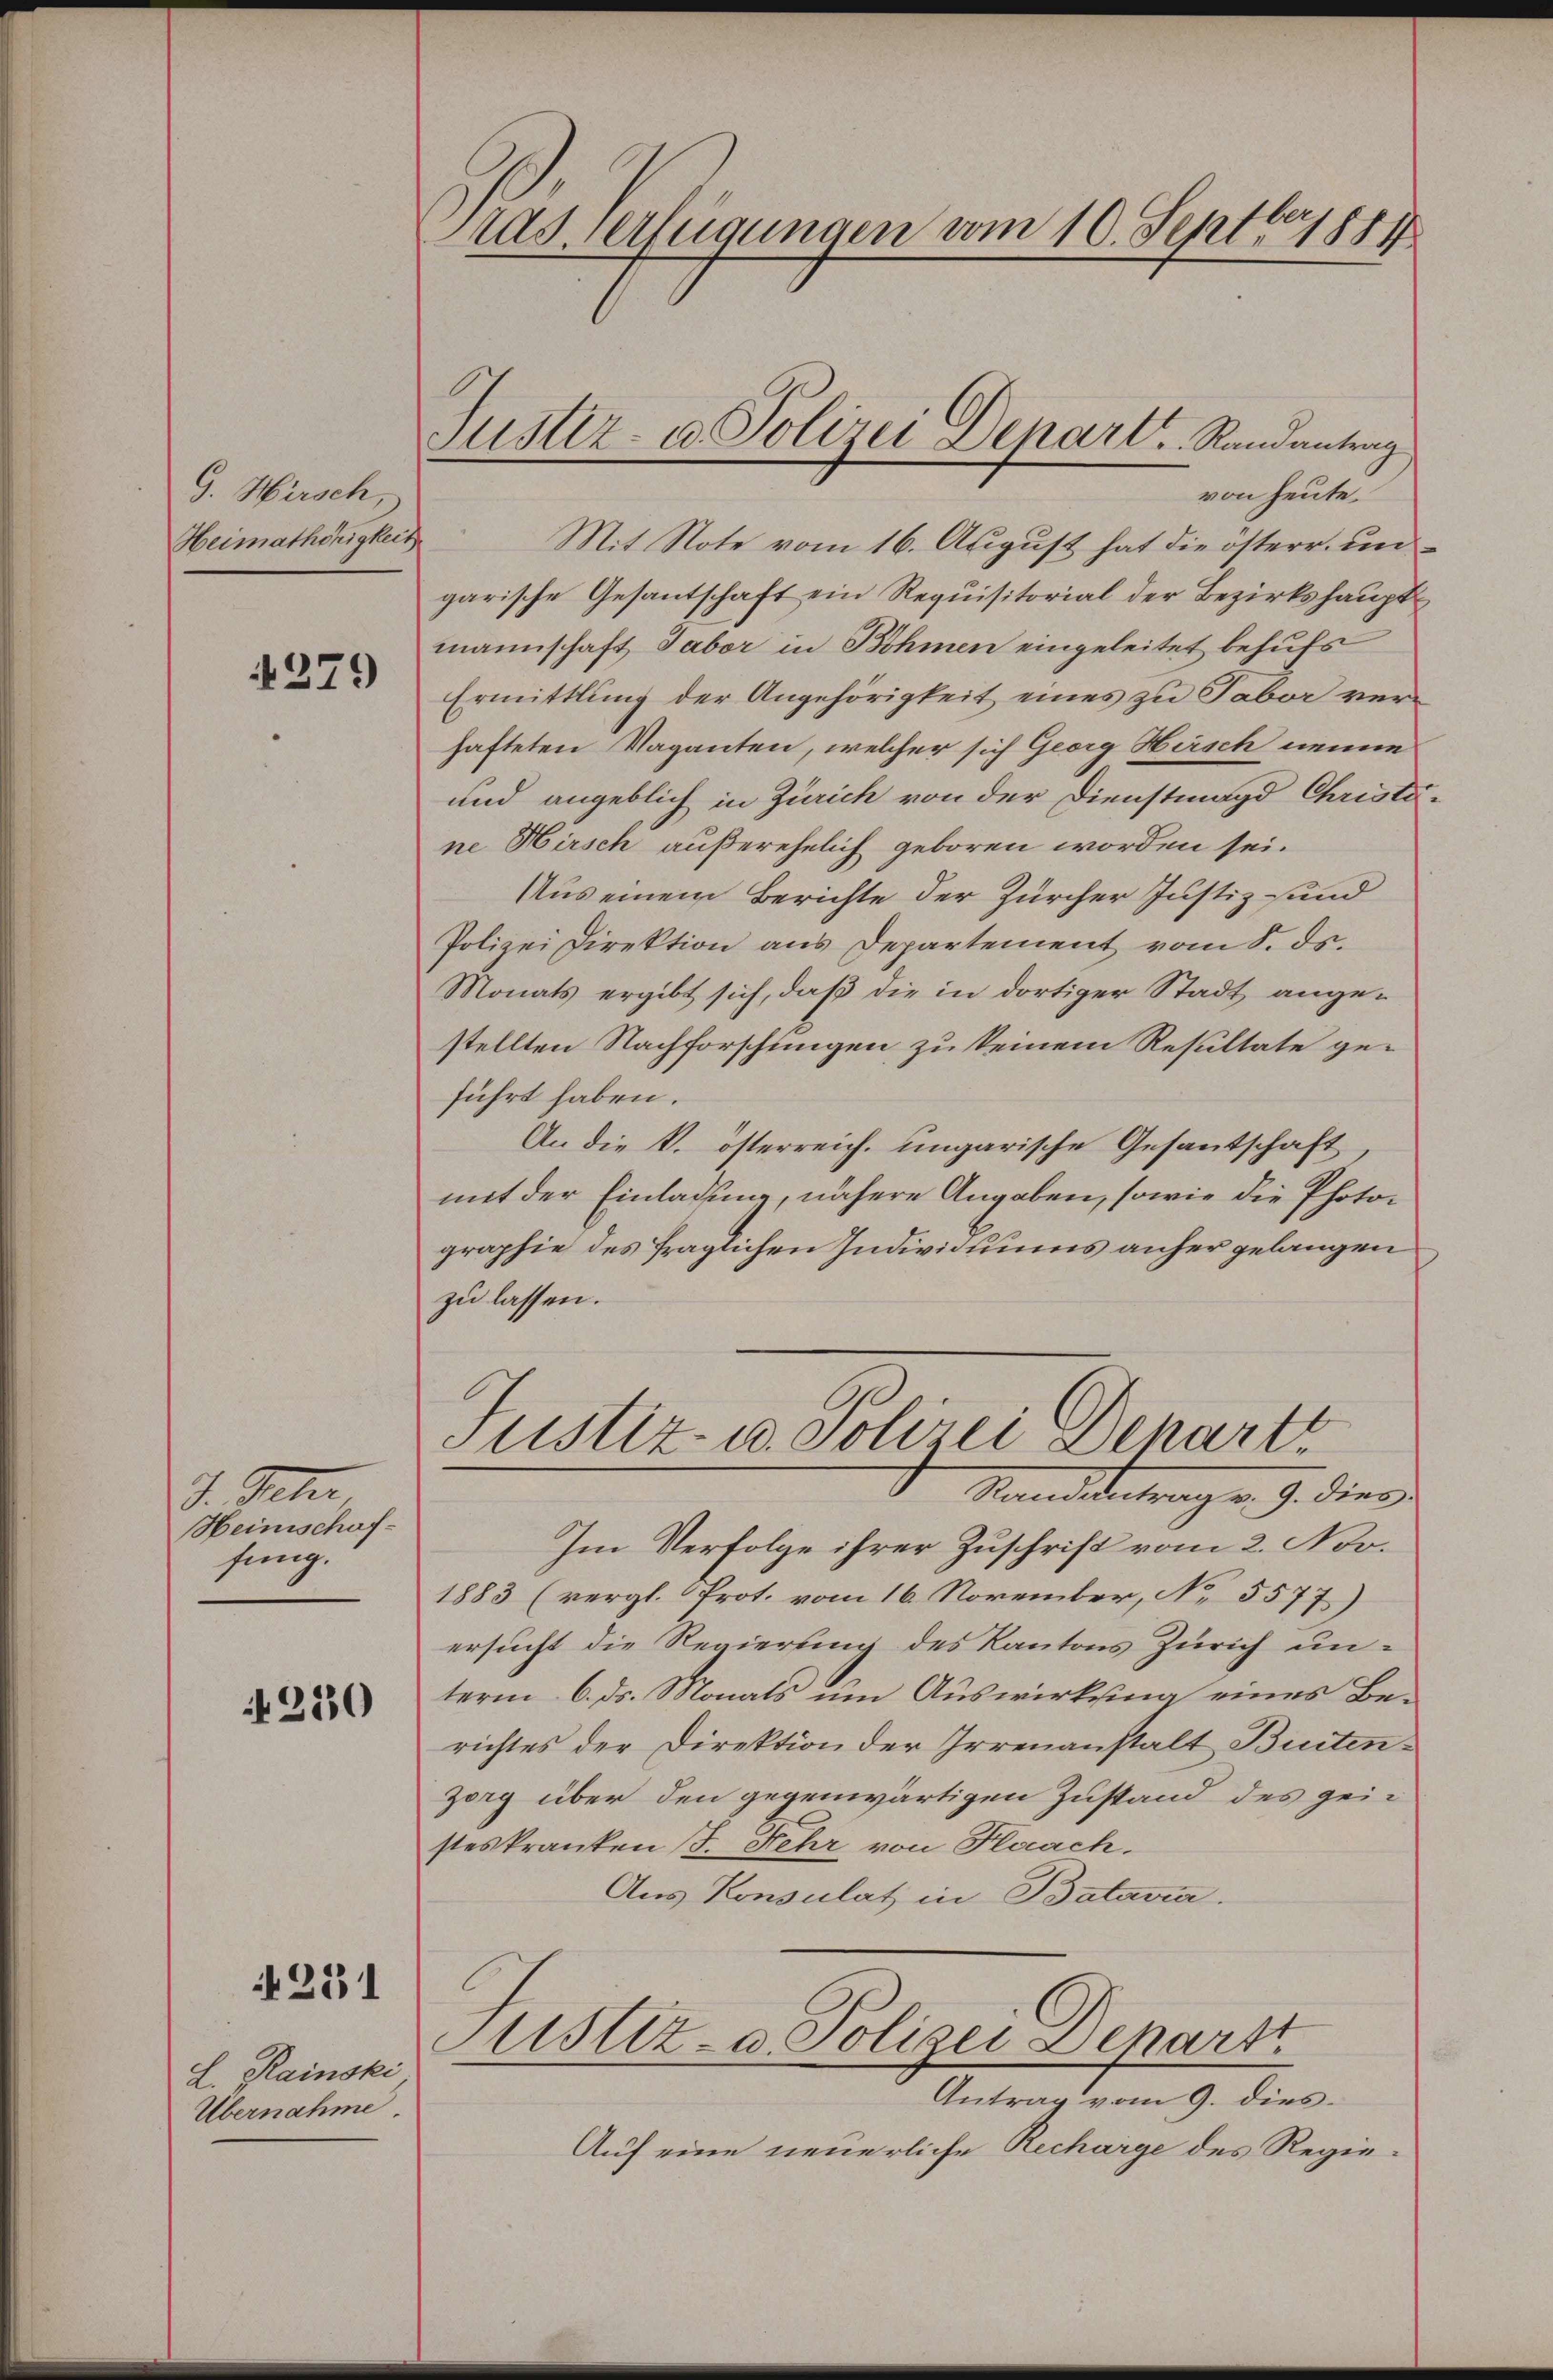
G. Hirsch,
Heimathörigkeit

4279

I. Peter
Heinschaffung.

4230

231

L. Rainski
Übernahme

Aas verfügungen vom 10. Septbr. 1881

Justiz- u. Polizei Depart. Randantrag
von heute.

Mit Note vom 16. August hat die österr. ungarische Gesantschaft ein Requisitorial der Bezirkshauptmannschaft Taber in Böhmen eingeleitet behufs
Ermittlung der Angehörigkeit eines zu Tabor verhafteten Vaganten, welcher sich Georg Hirsch nenne
und angeblich in Zürich von der Dienstmagd Christine Hirsch außerehelich geboren worden sei.
Aus einem Berichte der Zürcher Justiz und
Polizei Direktion aus Departement vom 8. ds.
Monats ergibt sich, daß die in dortiger Stadt angestellten Nachforschungen zu keinem Resultate geführt haben.
An die k. österreich. ungarische Gesantschaft
mit der Einladung, nähere Angaben, sowie die Photographie des fraglichen Individuums anher gelangen
zu lassen.
Justiz- u. Polizei Denart
Standidentrag v. 9. dies
Im Verfolge ihrer Zuschrift vom 2. No.
1883 (vergl. Prot. vom 16. November, No 5577)
ersucht die Regierung des Kantons Zürich unterm 6. ds. Monats um Auswirkung eines Berichtes der Direktion der Irrenanstalt Buitenzorg über den gegenwärtigen Zustand des geisteskranken (T. Fehr von Flaach.
Aus Konsulat in Batavia.

Antrag vom 9. dies
Auf eine neuerliche Recharge des Regie¬

ustiz- u. Polizei Departt